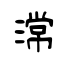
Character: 𣻸